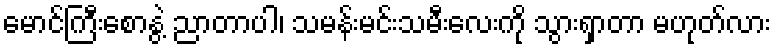
မောင်ကြီးစောနွဲ့ ညာတာပါ၊ သမန်းမင်းသမီးလေးကို သွားရှာတာ မဟုတ်လား